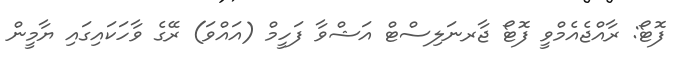
ފޮޓޯ: ރާއްޖެއެމްވީ ފޮޓޯ ޖާރނަލިސްޓް އަޝްވާ ފަހީމް (އައްވަ) ރޭގެ ވާހަކައިގައި ޔާމީން